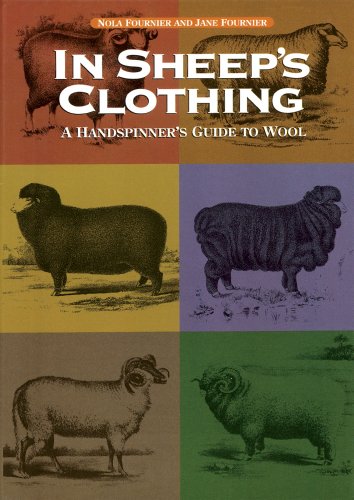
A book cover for In Sheep's Clothing; Nola Fournier; Crafts, Hobbies & Home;